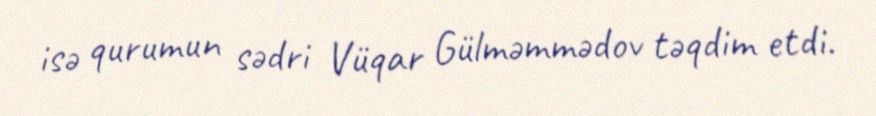
isə qurumun sədri Vüqar Gülməmmədov təqdim etdi.